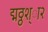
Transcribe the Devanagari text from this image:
द्मठ्ठश्ा२